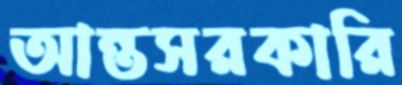
আন্তসরকারি